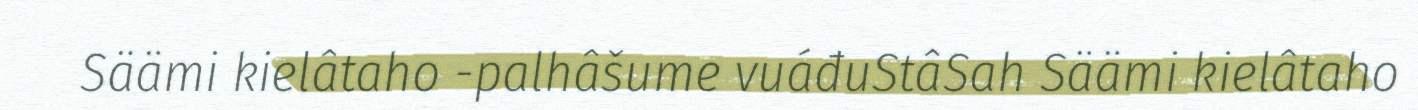
Säämi kielâtaho -palhâšume vuáđuStâSah Säämi kielâtaho